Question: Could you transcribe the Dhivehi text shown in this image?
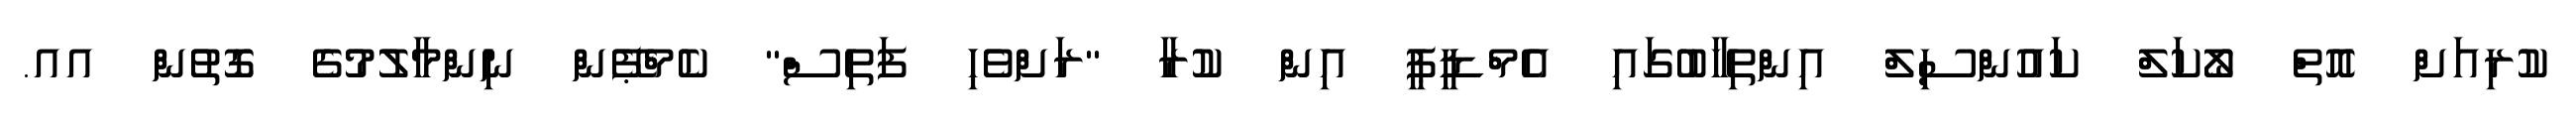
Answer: ކުރިއަށް އޮތް ލޯކަލް ކައުންސިލް އިންތިހާބުގައި އެމްޑީޕީ އިން ކުރާ "ރަށްވެހި ފަތިސް" ކެމްޕޭން ނިންމާލުމުގެ ގޮތުން އއ.